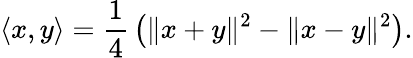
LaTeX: \langle x,y\rangle={\frac{1}{4}}\left(\| x+y\| ^{2}-\| x-y\| ^{2}\right).